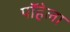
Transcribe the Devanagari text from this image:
पॉहेला